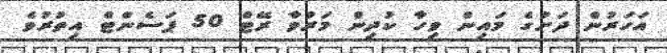
އަހަރުން ދަށުގެ މައިން ވިހާ ކުދިން މަރުވާ ރޭޓް 50 ޕަސެންޓް އިތުރުވެ